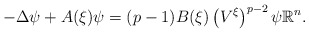
\begin{align*}-\Delta\psi+A(\xi)\psi=(p-1)B(\xi)\left( V^{\xi}\right) ^{p-2}\psi\mathbb{R}^{n}. \end{align*}